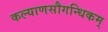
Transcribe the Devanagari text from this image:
कल्याणसौगन्धिकम्